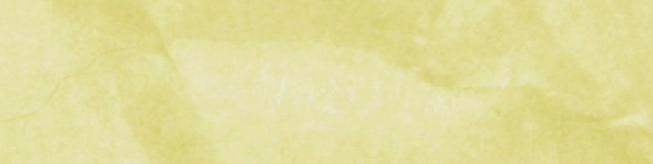
OPEN 24 HOURS